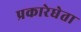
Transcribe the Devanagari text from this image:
प्रकारेघेता